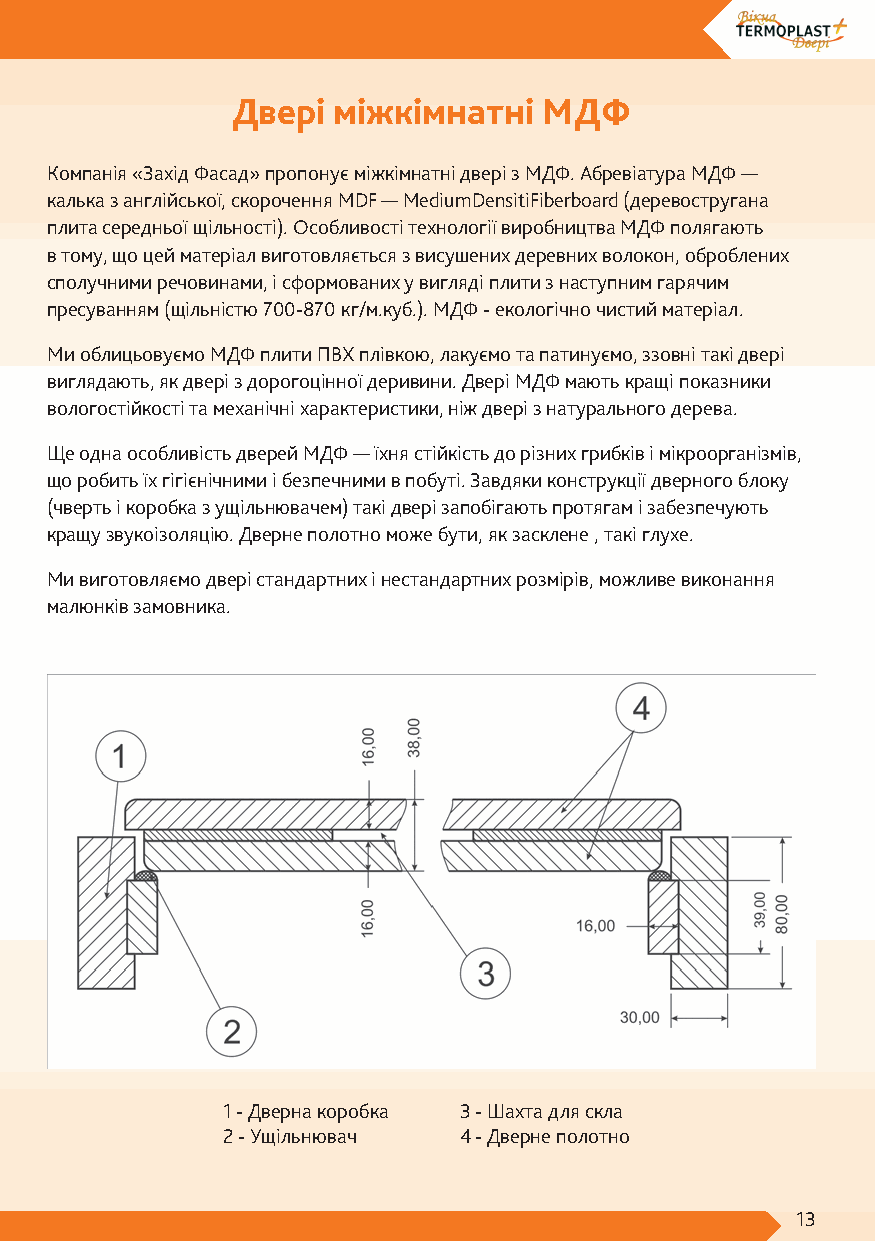
Двері  міжкімнатні   МДФ
 Компанія «Захід Фасад» пропонує міжкімнатні двері з МДФ. Абревіатура МДФ —
 калька з англійської, скорочення MDF — MediumDensitiFiberboard (деревостругана
 плита середньої щільності). Особливості технології виробництва МДФ полягають
 в тому, що цей матеріал виготовляється з висушених деревних волокон, оброблених
 сполучними речовинами, і сформованих у вигляді плити з наступним гарячим
 пресуванням (щільністю 700-870 кг/м.куб.). МДФ - екологічно чистий матеріал.
 Ми облицьовуємо МДФ плити ПВХ плівкою, лакуємо та патинуємо, ззовні такі двері
 виглядають, як двері з дорогоцінної деривини. Двері МДФ мають кращі показники
 вологостійкості та механічні характеристики, ніж двері з натурального дерева.
 Ще одна особливість дверей МДФ — їхня стійкість до різних грибків і мікроорганізмів,
 що робить їх гігієнічними і безпечними в побуті. Завдяки конструкції дверного блоку
 (чверть і коробка з ущільнювачем) такі двері запобігають протягам і забезпечують
 кращу звукоізоляцію. Дверне полотно може бути, як засклене , такі глухе.
 Ми виготовляємо двері стандартних і нестандартних розмірів, можливе виконання
 малюнків замовника.
 1 - Дверна коробка 3 - Шахта для скла
 2 - Ущільнювач 4 - Дверне полотно
 13